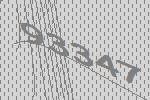
93347